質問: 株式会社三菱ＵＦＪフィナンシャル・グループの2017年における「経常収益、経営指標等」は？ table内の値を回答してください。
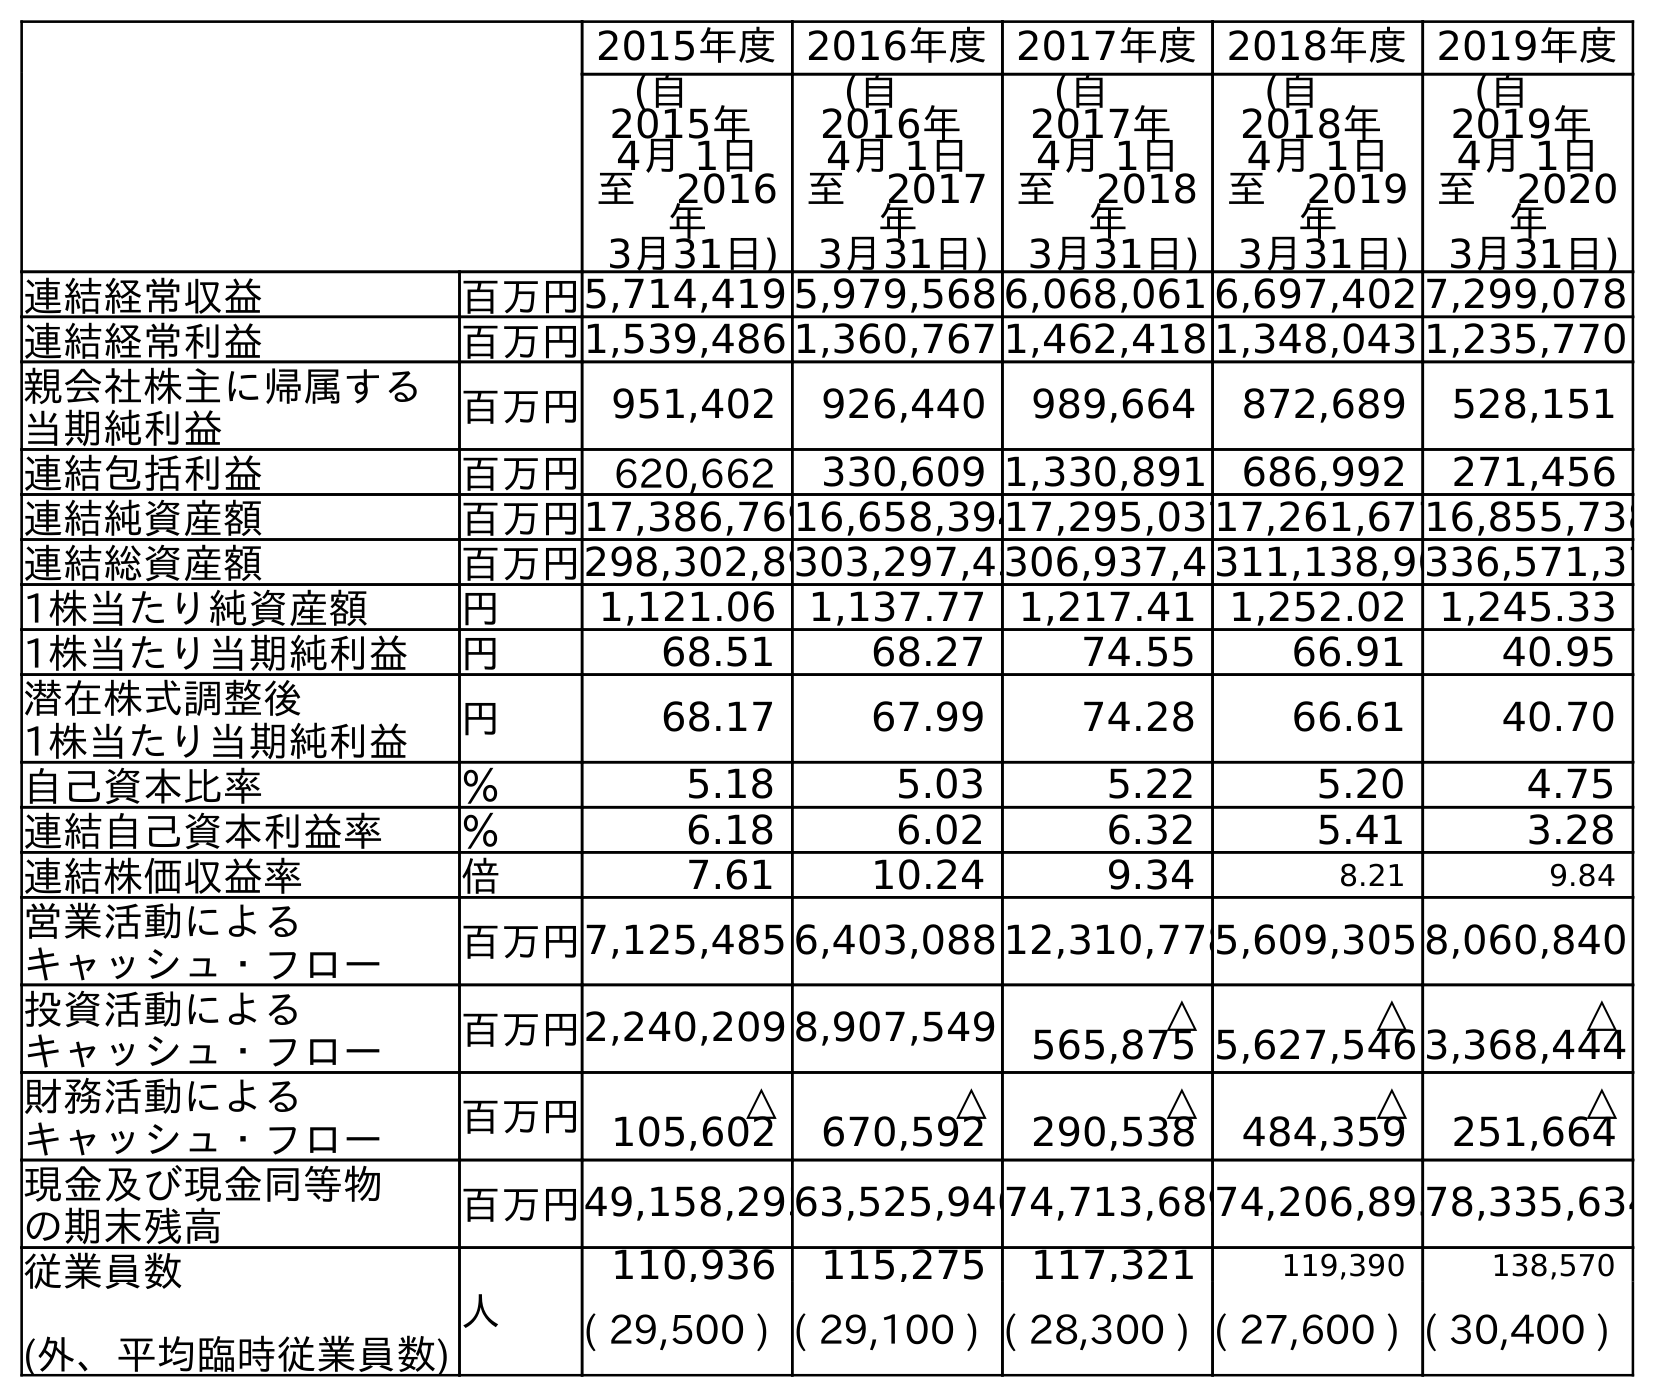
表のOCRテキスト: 2015年度2016年度2017年度2018年度2019年度 (自  2015年 4月 1日 至 2016 年 3月31日) (自  2016年 4月 1日 至 2017 年 3月31日) (自  2017年 4月 1日 至 2018 年 3月31日) (自  2018年 4月 1日 至 2019 年 3月31日) (自  2019年 4月 1日 至 2020 年 3月31日) 連結経常収益 百万円5,714,419 5,979,568 6,068,061 6,697,402 7,299,078 連結経常利益 百万円1,539,486 1,360,767 1,462,418 1,348,043 1,235,770 親会社株主に帰属する 当期純利益 百万円951,402 926,440 989,664 872,689 528,151 連結包括利益 百万円 620,662 330,609 1,330,891 686,992 271,456 連結純資産額 百万円17,386,76916,658,39417,295,03717,261,67716,855,738 連結総資産額 百万円298,302,89303,297,43306,937,4 311,138,90336,571,37 1株当たり純資産額 円 1,121.06 1,137.77 1,217.41 1,252.02 1,245.33 1株当たり当期純利益 円 68.51 68.27 74.55 66.91 40.95 潜在株式調整後 1株当たり当期純利益 円 68.17 67.99 74.28 66.61 40.70 自己資本比率 ％ 5.18 5.03 5.22 5.20 4.75 連結自己資本利益率 ％ 6.18 6.02 6.32 5.41 3.28 連結株価収益率 倍 7.61 10.24 9.34 8.21 9.84 営業活動による キャッシュ・フロー 百万円7,125,485 6,403,088 12,310,7785,609,305 8,060,840 投資活動による キャッシュ・フロー 百万円2,240,209 8,907,549 △ 565,875 △ 5,627,546 △ 3,368,444 財務活動による キャッシュ・フロー 百万円 △ 105,602 △ 670,592 △ 290,538 △ 484,359 △ 251,664 現金及び現金同等物 の期末残高 百万円49,158,29363,525,94074,713,68974,206,89578,335,634 従業員数 (外、平均臨時従業員数) 人 110,936 115,275 117,321 119,390 138,570 ( 29,500 ) ( 29,100 ) ( 28,300 ) ( 27,600 ) ( 30,400 )
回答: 5,979,568